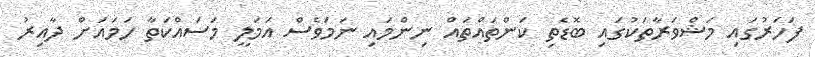
ފަހަރުގައި މަޝްވަރާތަކުގައި ބޮޑެތި ކަންތައްތައް ނިންމައި ނަމަވެސް އަމަލީ މަސައްކަތާ ހަމައަށް ދާއިރު